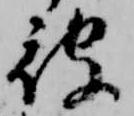
被